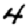
Digit: 4